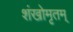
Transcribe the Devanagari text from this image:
शंखोमृतम्